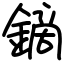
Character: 鏑